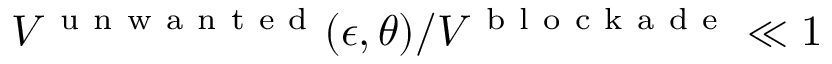
V ^ { \mathrm { ~ u ~ n ~ w ~ a ~ n ~ t ~ e ~ d ~ } } ( \epsilon , \theta ) / V ^ { \mathrm { ~ b ~ l ~ o ~ c ~ k ~ a ~ d ~ e ~ } } \ll 1